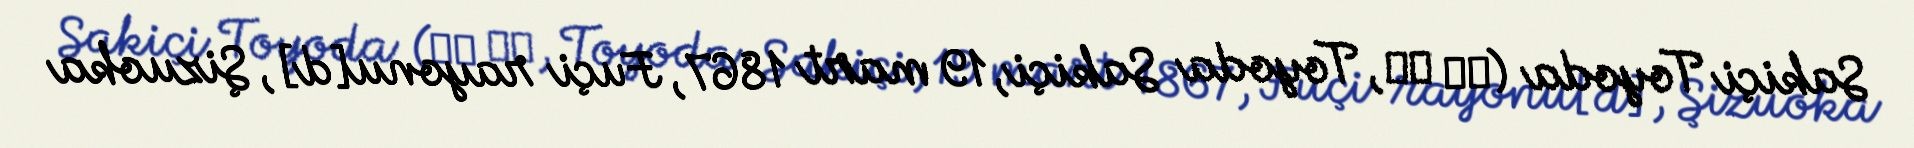
Sakiçi Toyoda (豊田 佐吉, Toyoda Sakiçi, 19 mart 1867, Fuçi rayonu[d], Şizuoka